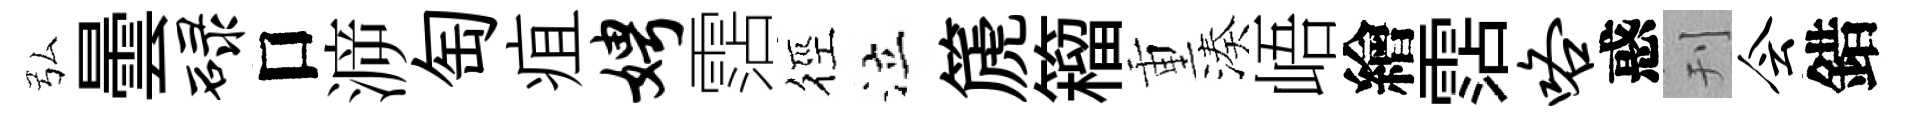
弘曇碌口㴑匋疽娉霑徑泣篪籕重湊峿繪霑咯惑刊会錯